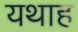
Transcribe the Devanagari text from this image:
यथाह